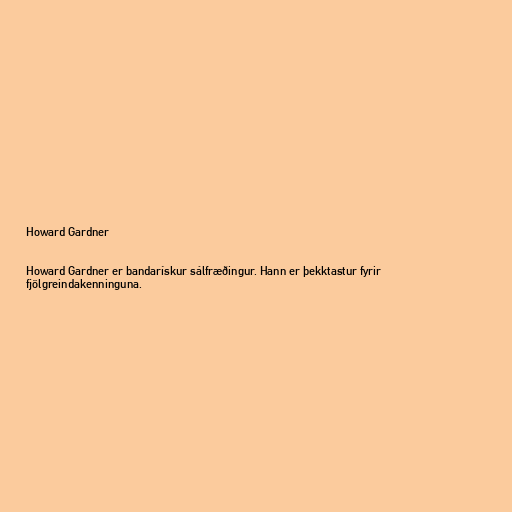
Howard Gardner

Howard Gardner er bandarískur sálfræðingur. Hann er þekktastur fyrir
fjölgreindakenninguna.